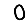
Digit: 0